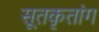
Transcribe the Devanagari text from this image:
सूतकृतांग